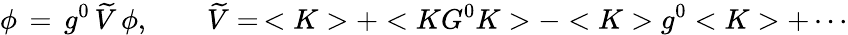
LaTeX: \phi\, =\, g^{0}\, \widetilde V\, \phi,\qquad\widetilde V=\, <K>+<KG^{0}K>-<K>g^{0}<K>+\cdots